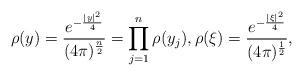
LaTeX: \begin{align*}\rho(y) =\frac{e^{- \frac{|y|^2}{4}}}{(4 \pi)^{\frac{n}{2}}} = \prod_{j=1}^n \rho(y_j), \rho(\xi) = \frac{e^{- \frac{|\xi|^2}{4}}}{(4 \pi)^{\frac{1}{2}}},\end{align*}